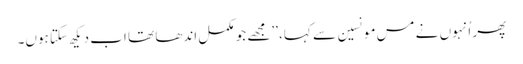
پھر اُنہوں نے مس مونسین سے کہا، ’’مجھے جو مکمل اندھا تھا اب دیکھ سکتا ہوں۔